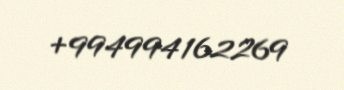
+994994162269